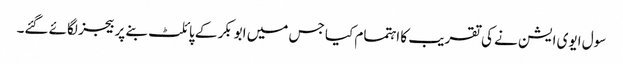
سول ایوی ایشن نے کی تقریب کا اہتمام کیا جس میں ابوبکر کے پائلٹ بنے پر بیجز لگائے گئے۔